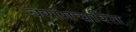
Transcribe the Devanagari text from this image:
वरांगचरित